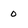
Character: 0